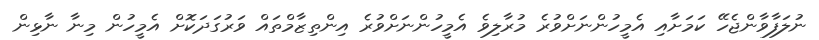
ނުލަފާވާންޖެހޭ ކަމަށާއި އެމީހުންނަށްވުރެ މުރާލިވެ އެމީހުންނަށްވުރެ އިންތިޒާމްތައް ވަރުގަދަކޮށް އެމީހުން މިނާ ނާޅިން